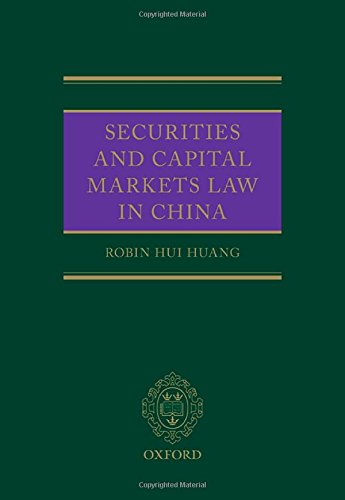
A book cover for Securities and Capital Markets Law in China; Robin Huang; Law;